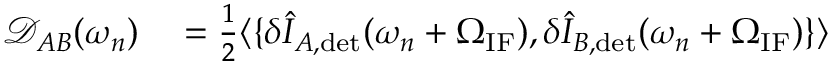
\begin{array} { r l } { \mathcal { D } _ { A B } ( \omega _ { n } ) } & { { } = \frac { 1 } { 2 } \langle \{ \delta \hat { I } _ { A , \mathrm { d e t } } ( \omega _ { n } + \Omega _ { \mathrm { I F } } ) , \delta \hat { I } _ { B , \mathrm { d e t } } ( \omega _ { n } + \Omega _ { \mathrm { I F } } ) \} \rangle } \end{array}